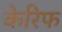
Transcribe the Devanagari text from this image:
केरिफ